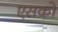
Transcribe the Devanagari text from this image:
एसको